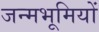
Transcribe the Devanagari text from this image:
जन्मभूमियों